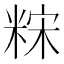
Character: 䊉